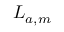
\boldsymbol { L } _ { a , m }